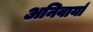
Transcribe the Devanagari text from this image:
अनिवार्या